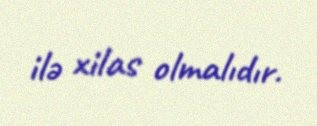
ilə xilas olmalıdır.